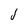
Character: j